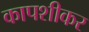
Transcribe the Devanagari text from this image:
कापशीकर